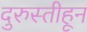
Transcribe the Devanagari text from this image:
दुरुस्तीहून